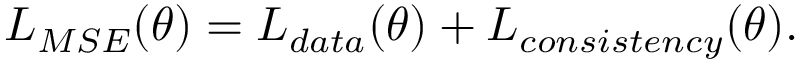
L _ { M S E } ( \theta ) = L _ { d a t a } ( \theta ) + L _ { c o n s i s t e n c y } ( \theta ) .